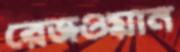
রেজওয়ান